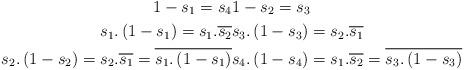
LaTeX: \begin{align*}1-s_1=s_4 &1-s_2=s_3 \\s_1.\left(1-s_1\right)=s_1.\overline{s_2} &s_3.\left(1-s_3\right)=s_2.\overline{s_1} \\s_2.\left(1-s_2\right)=s_2.\overline{s_1}=\overline{s_1.\left(1-s_1\right)} & s_4.\left(1-s_4\right)=s_1.\overline{s_2}=\overline{s_3.\left(1-s_3\right)} \end{align*}